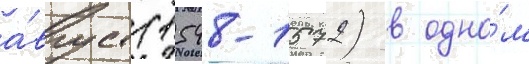
а́вгуст (1548-1572) в одно́м